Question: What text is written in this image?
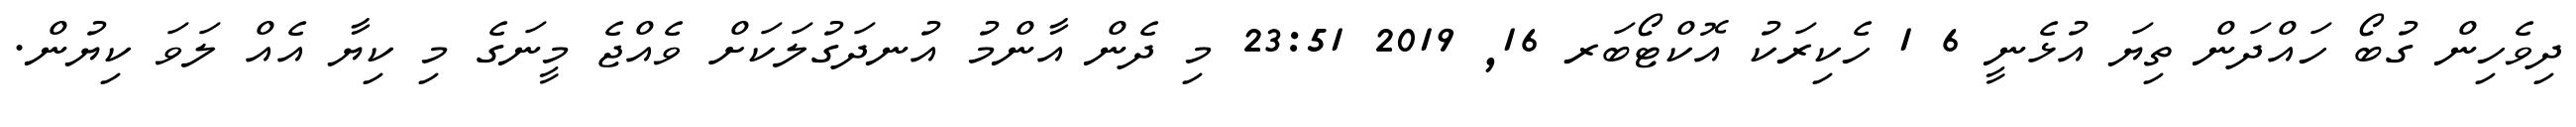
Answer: ދިވެހިން ގުބޯ ހައްދަން ތިޔަ އުޅެނީ 6 1 ހެކިރަކު އޮކްޓޯބަރ 16, 2019 23:51 މި ދެން އާންމު އުނދަގުލަކަށް ވެއްޖެ މީނަގެ މި ކިޔާ އެއް ލަވަ ކިޔުން.